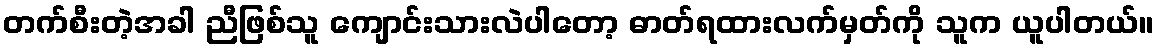
တက်စီးတဲ့အခါ ညီဖြစ်သူ ကျောင်းသားလဲပါတော့ ဓာတ်ရထားလက်မှတ်ကို သူက ယူပါတယ်။